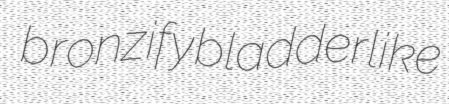
bronzify bladderlike